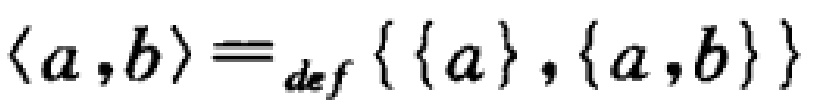
$\langle a,b\rangle \equiv_{def} \{\{a\},\{a,b\}\}$